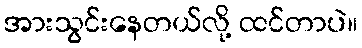
အားသွင်းနေတယ်လို့ ထင်တာပဲ။